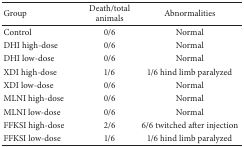
<table><thead><tr><td><b>Group</b></td><td><b>Death/total animals</b></td><td><b>Abnormalities</b></td></tr></thead><tbody><tr><td>Control</td><td>0/6</td><td>Normal</td></tr><tr><td>DHI high-dose </td><td>0/6</td><td>Normal</td></tr><tr><td>DHI low-dose </td><td>0/6</td><td>Normal</td></tr><tr><td>XDI high-dose </td><td>1/6</td><td>1/6 hind limb paralyzed</td></tr><tr><td>XDI low-dose </td><td>0/6</td><td>Normal</td></tr><tr><td>MLNI high-dose </td><td>0/6</td><td>Normal</td></tr><tr><td>MLNI low-dose </td><td>0/6</td><td>Normal</td></tr><tr><td>FFKSI high-dose </td><td>2/6</td><td>6/6 twitched after injection</td></tr><tr><td>FFKSI low-dose </td><td>1/6</td><td>1/6 hind limb paralyzed</td></tr></tbody></table>